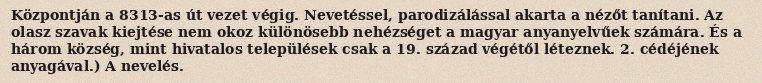
Központján a 8313-as út vezet végig. Nevetéssel, parodizálással akarta a nézőt tanítani. Az olasz szavak kiejtése nem okoz különösebb nehézséget a magyar anyanyelvűek számára. És a három község, mint hivatalos települések csak a 19. század végétől léteznek. 2. cédéjének anyagával.) A nevelés.